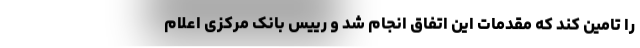
را تامین کند که مقدمات این اتفاق انجام شد و رییس بانک مرکزی اعلام